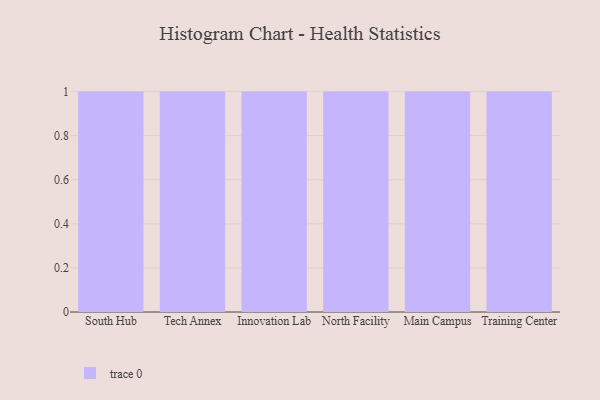
{"axis": {"x": "Campus", "y": "Operating Costs (USD K)"}, "legend": [""], "data": [{"x": "South Hub", "y": 48, "type": ""}, {"x": "Tech Annex", "y": 97, "type": ""}, {"x": "Innovation Lab", "y": 54, "type": ""}, {"x": "North Facility", "y": 77, "type": ""}, {"x": "Main Campus", "y": 66, "type": ""}, {"x": "Training Center", "y": 29, "type": ""}]}